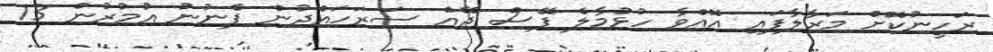
ރަހީނުކޮށް މަރާލާފައި އޮއްވާ ހުޅުމާލެ ފޭސް ދޭއް ސަރަަހައްދުން ފެނުނު އުމުރުން 13